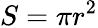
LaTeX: S=\pi r^{2}